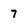
Character: 7